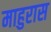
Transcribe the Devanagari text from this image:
माहुरास